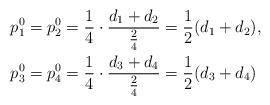
LaTeX: \begin{align*}p^{0}_{1} &= p^{0}_{2} = \frac{1}{4} \cdot \dfrac{d_{1} + d_{2}}{\frac{2}{4}} = \frac{1}{2} (d_{1} + d_{2}), \\ p^{0}_{3} &= p^{0}_{4} = \frac{1}{4} \cdot \dfrac{d_{3} + d_{4}}{ \frac{2}{4}} = \frac{1}{2} (d_{3} + d_{4})\end{align*}